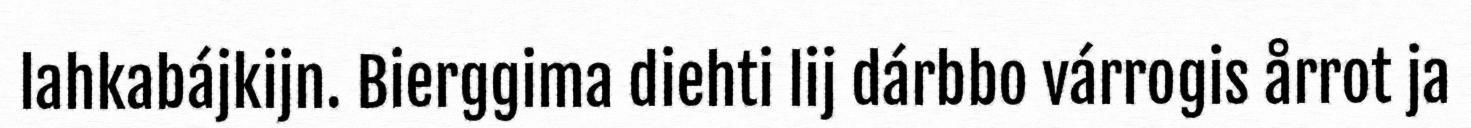
lahkabájkijn. Bierggima diehti lij dárbbo várrogis årrot ja